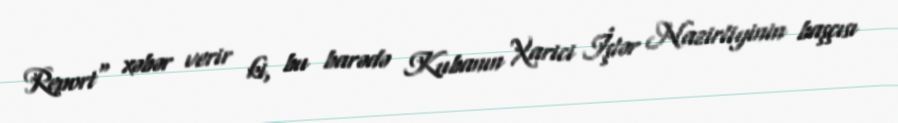
Report" xəbər verir ki, bu barədə Kubanın Xarici İşlər Nazirliyinin başçısı